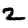
Digit: 2